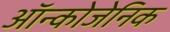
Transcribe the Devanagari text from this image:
ऑन्कोजेनिक